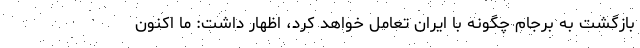
بازگشت به برجام چگونه با ایران تعامل خواهد کرد، اظهار داشت: ما اکنون